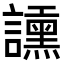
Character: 𧭲